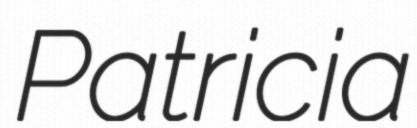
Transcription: Patricia